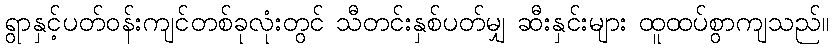
ရွာနှင့်ပတ်ဝန်းကျင်တစ်ခုလုံးတွင် သီတင်းနှစ်ပတ်မျှ ဆီးနှင်းများ ထူထပ်စွာကျသည်။